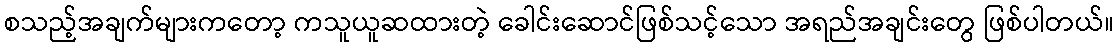
စသည့်အချက်များကတော့ ကသူယူဆထားတဲ့ ခေါင်းဆောင်ဖြစ်သင့်သော အရည်အချင်းတွေ ဖြစ်ပါတယ်။